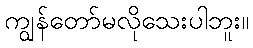
ကျွန်တော်မလိုသေးပါဘူး။